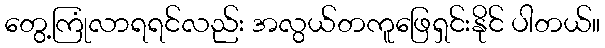
တွေ့ကြုံလာရရင်လည်း အလွယ်တကူဖြေရှင်းနိုင် ပါတယ်။